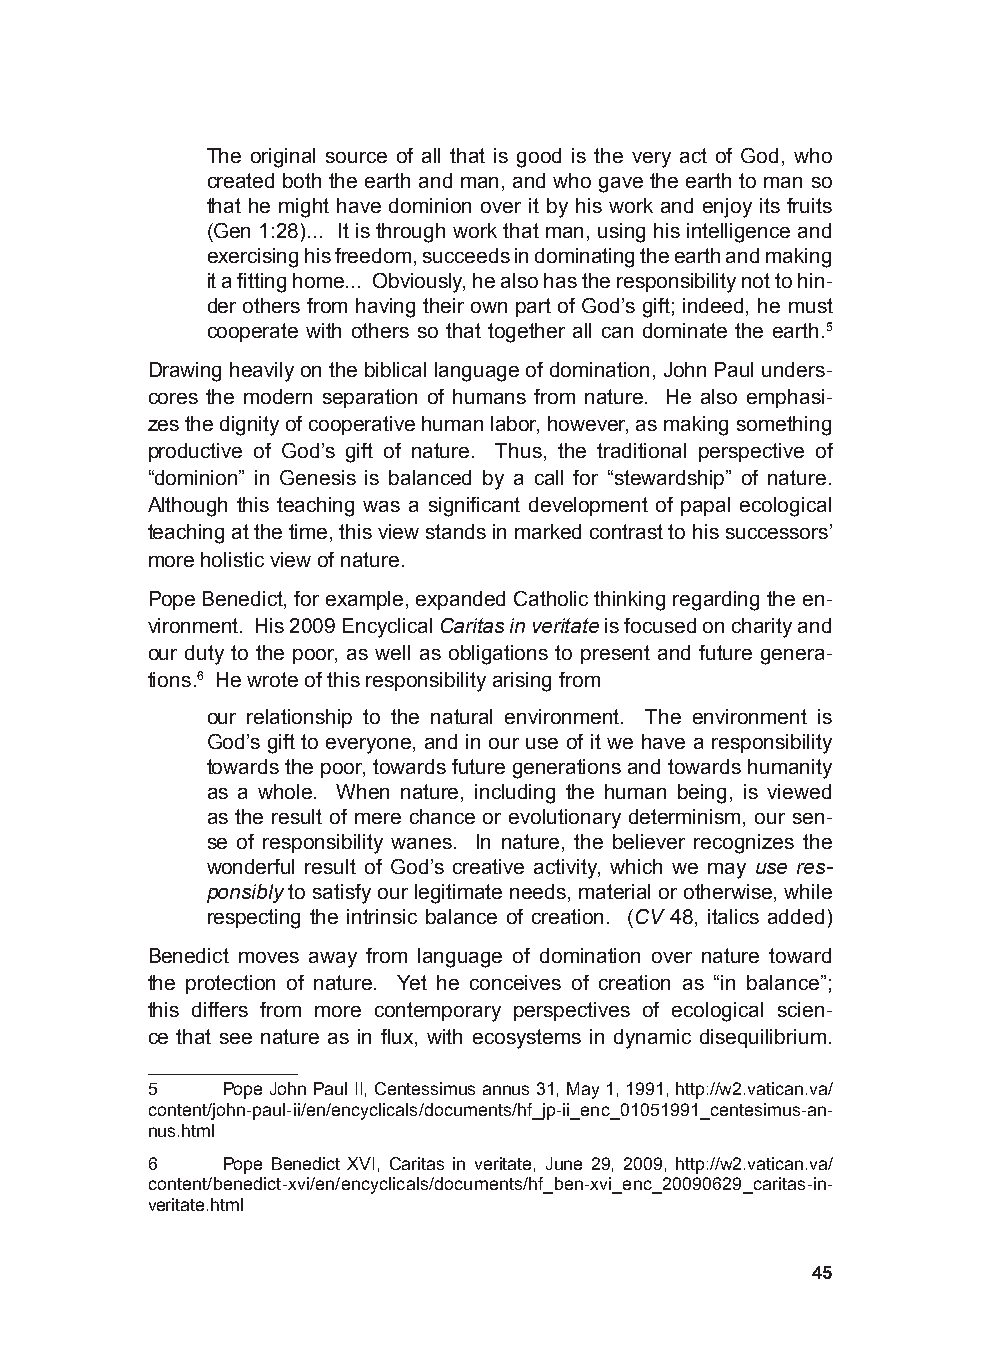
The original source of all that is good is the very act of God, who
 created both the earth and man, and who gave the earth to man so
 that he might have dominion over it by his work and enjoy its fruits
 (Gen 1:28)... It is through work that man, using his intelligence and
 exercising his freedom, succeeds in dominating the earth and making
 it a fitting home... Obviously, he also has the responsibility not to hin-
 der others from having their own part of God’s gift; indeed, he must
 cooperate with others so that together all can dominate the earth.5
 Drawing heavily on the biblical language of domination, John Paul unders-
 cores the modern separation of humans from nature. He also emphasi-
 zes the dignity of cooperative human labor, however, as making something
 productive of God’s gift of nature. Thus, the traditional perspective of
 “dominion” in Genesis is balanced by a call for “stewardship” of nature.
 Although this teaching was a significant development of papal ecological
 teaching at the time, this view stands in marked contrast to his successors’
 more holistic view of nature.
 Pope Benedict, for example, expanded Catholic thinking regarding the en-
 vironment. His 2009 Encyclical Caritas in veritate is focused on charity and
 our duty to the poor, as well as obligations to present and future genera-
 tions.6 He wrote of this responsibility arising from
 our relationship to the natural environment. The environment is
 God’s gift to everyone, and in our use of it we have a responsibility
 towards the poor, towards future generations and towards humanity
 as a whole. When nature, including the human being, is viewed
 as the result of mere chance or evolutionary determinism, our sen-
 se of responsibility wanes. In nature, the believer recognizes the
 wonderful result of God’s creative activity, which we may use res-
 ponsibly to satisfy our legitimate needs, material or otherwise, while
 respecting the intrinsic balance of creation. (CV 48, italics added)
 Benedict moves away from language of domination over nature toward
 the protection of nature. Yet he conceives of creation as “in balance”;
 this differs from more contemporary perspectives of ecological scien-
 ce that see nature as in flux, with ecosystems in dynamic disequilibrium.
 5    Pope John Paul II, Centessimus annus 31, May 1, 1991, http://w2.vatican.va/
 content/john-paul-ii/en/encyclicals/documents/hf_jp-ii_enc_01051991_centesimus-an-
 nus.html
 6    Pope Benedict XVI, Caritas in veritate, June 29, 2009, http://w2.vatican.va/
 content/benedict-xvi/en/encyclicals/documents/hf_ben-xvi_enc_20090629_caritas-in-
 veritate.html
 45